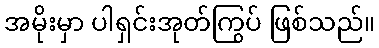
အမိုးမှာ ပါရှင်းအုတ်ကြွပ် ဖြစ်သည်။